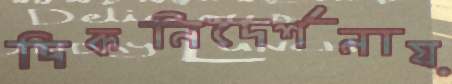
দিকনিদের্শনায়